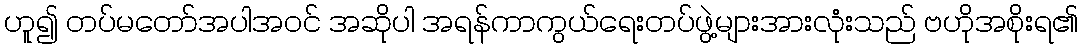
ဟူ၍ တပ်မတော်အပါအဝင် အဆိုပါ အရန်ကာကွယ်ရေးတပ်ဖွဲ့များအားလုံးသည် ဗဟိုအစိုးရ၏